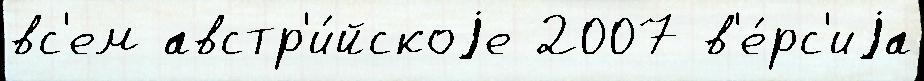
вс'ем австр'и́йскоjе 2007 в'е́рс'иjа